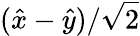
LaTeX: (\hat{x}-\hat{y})/\sqrt{2}